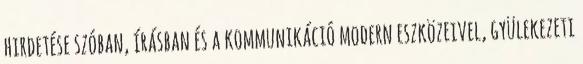
hirdetése szóban, írásban és a kommunikáció modern eszközeivel, gyülekezeti